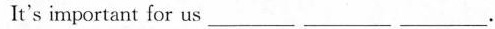
It's important for us___ ___ ___.